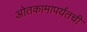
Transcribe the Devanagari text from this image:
ओतकामापर्यंतची